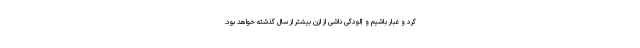
گرد و غبار باشیم و آلودگی ناشی از ازن بیشتر از سال گذشته خواهد بود.